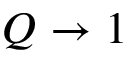
Q \to 1